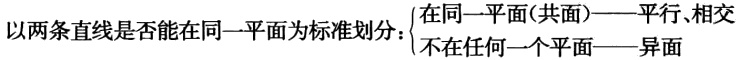
以两条直线是否能在同一平面为标准划分：$\begin{cases}在同一平面(共面)——平行、相交\\不在任何一个平面——异面\end{cases}$